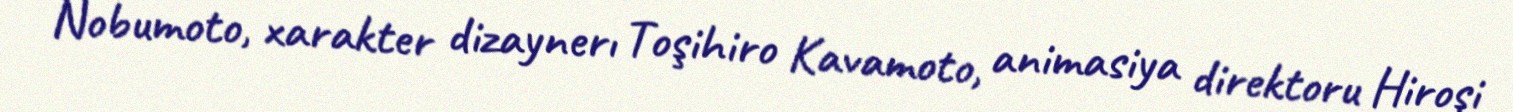
Nobumoto, xarakter dizaynerı Toşihiro Kavamoto, animasiya direktoru Hiroşi